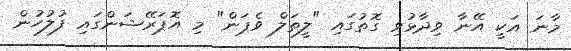
މާނަ އަކީ އޭނާ ވިދާޅުވި ގޮތުގައި "ލީތަލް ވެޕަން" މި އޮޕަރޭޝަންގައި ފުލުހުން